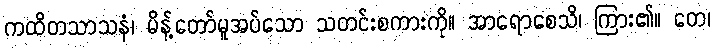
ကထိတသာသနံ၊ မိန့်တော်မူအပ်သော သတင်းစကားကို။ အာရောစေသိ၊ ကြား၏။ တေ၊